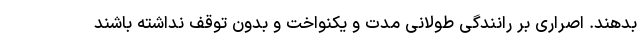
بدهند. اصراری بر رانندگی طولانی مدت و یکنواخت و بدون توقف نداشته باشند